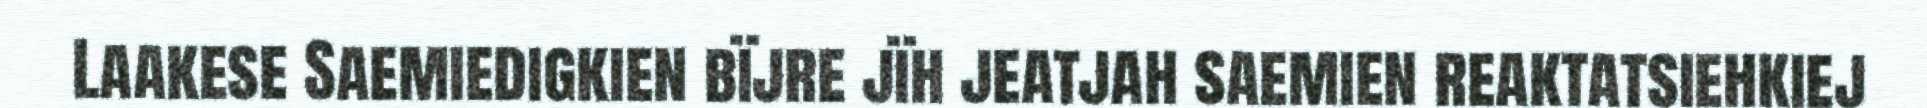
Laakese Saemiedigkien bïjre jïh jeatjah saemien reaktatsiehkiej